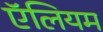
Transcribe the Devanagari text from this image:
ऍलियम